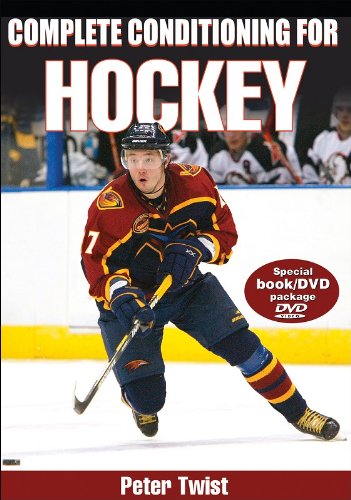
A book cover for Complete Conditioning for Hockey (Complete Conditioning for Sports Series); Peter Twist; Sports & Outdoors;